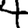
Digit: 4